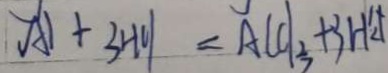
A l + 3 H C l = A L C l _ { 3 } + 3 H _ { 2 } \uparrow